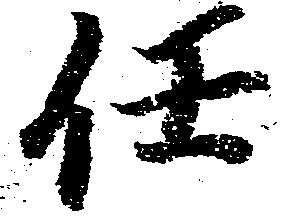
任